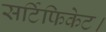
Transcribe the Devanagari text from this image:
सर्टिफिकेट।